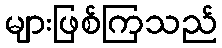
များဖြစ်ကြသည်